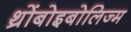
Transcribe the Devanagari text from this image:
थ्रोंबोइबोलिज्म